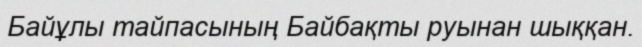
Байұлы тайпасының Байбақты руынан шыққан.